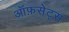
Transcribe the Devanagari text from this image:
ऑफ़सेट्स